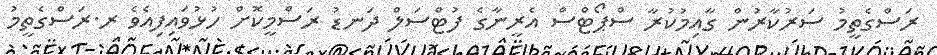
ރަސްގެތީމު ސަރުކާރުން ގާއިމުކުރާ ސްޕޯޓްސް އެރީނާގެ ފުޓްސަލް ދަނޑު ރަސްމީކޮށް ހުޅުވައިފިއެވެ ރ.ރަސްގެތީމު